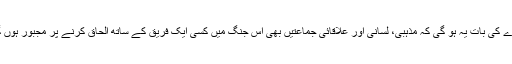
مزے کی بات یہ ہو گی کہ مذہبی، لسانی اور علاقائی جماعتیں بھی اس جنگ میں کسی ایک فریق کے ساتھ الحاق کرنے پر مجبور ہوں گی۔